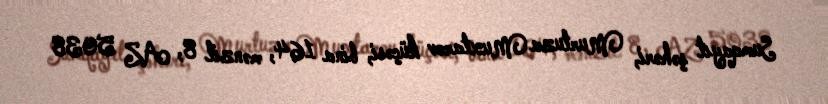
Sumqayıt şəhəri, Murtuza Muxtarov küçəsi, bina 164, mənzil 8, AZ 5038